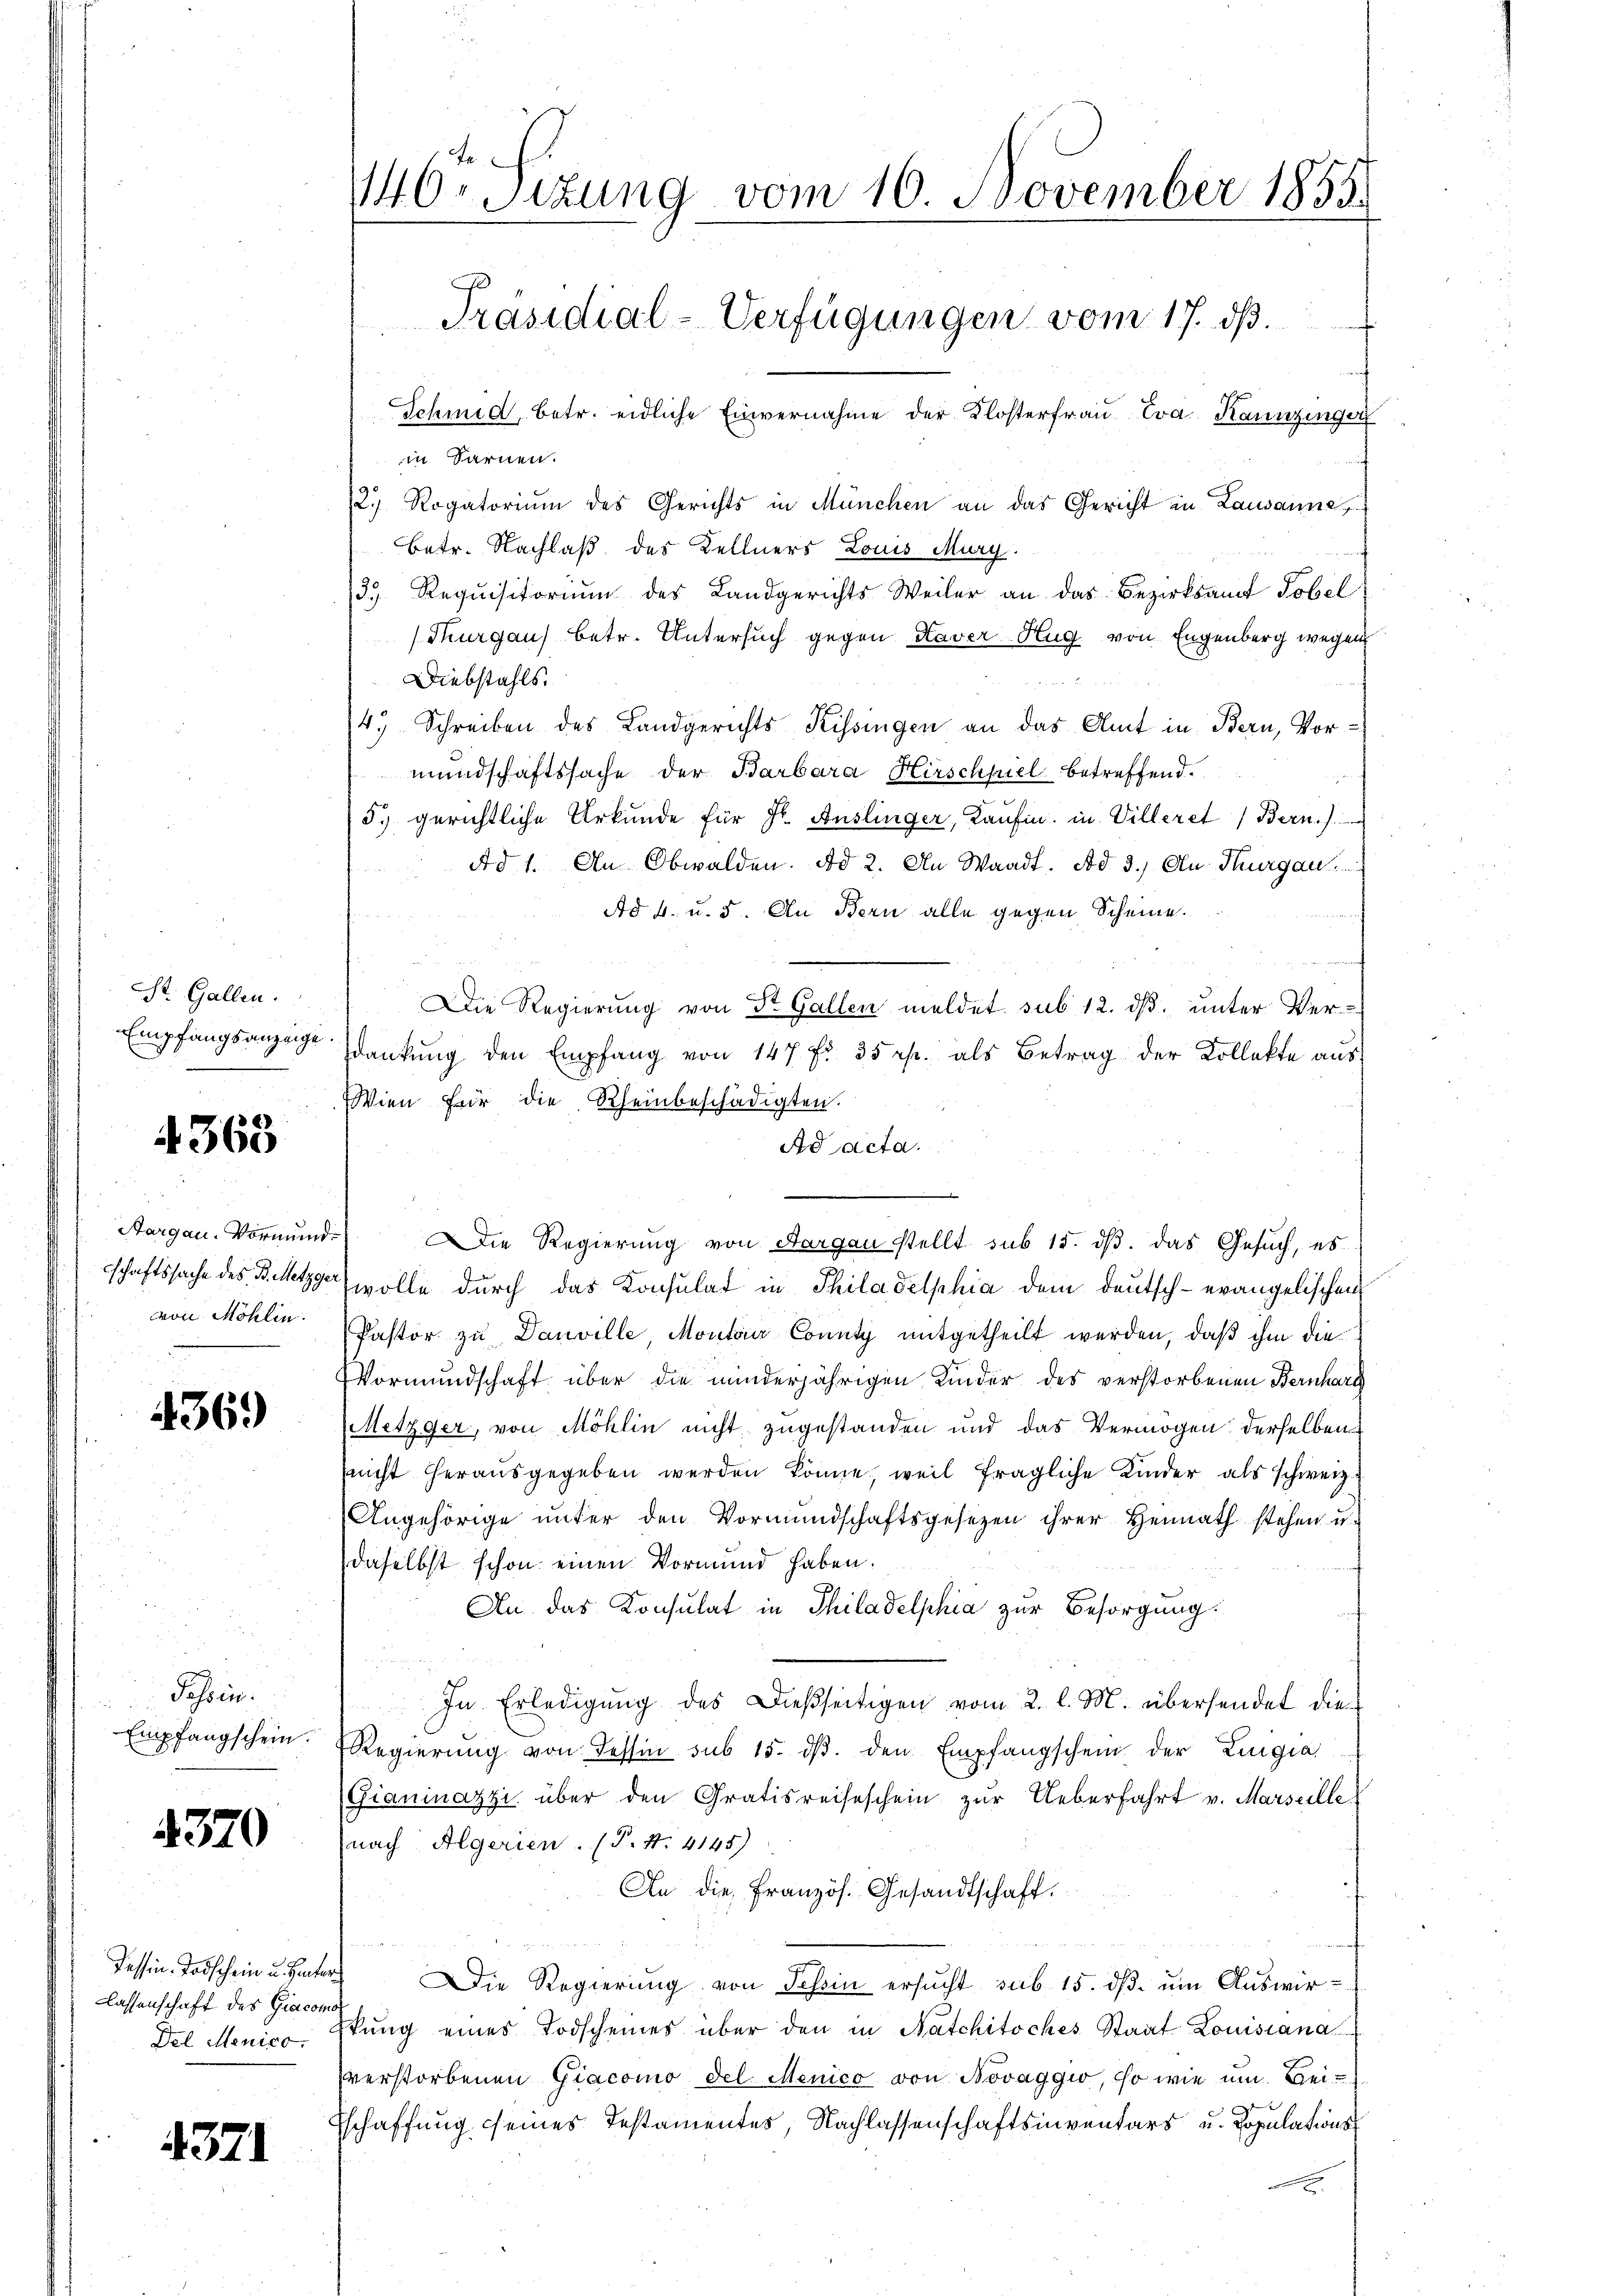
St. Gallen.
Empfangsanzeige

4363

Aargau. Vormund
schaftssache des B. Metzge
von Möhlin.

369)

Tessin.
Empfangschein.

4370

Tessin-Todschein u. Hinter
lassenschaft des Giacon
Del Menico.

4371

146 Sizung vom 16 November 1855.
Präsidial-Verfügungen vom 17. ds.
Schmid, betr. eidliche Einvernahme der Klosterfrau Eva Kainzingen

in Sarnen.
2.) Rogatorium des Gerichts in München an das Gericht in Lausanne
Betr. Nachlaß des Kellners Louis Murg.
3 Requisitorium des Landgerichts Weiler an das Bezirksamt Tobel
(Thurgau betr. Untersuch gegen Kaver Hug von Eugenberg wegen
Diebstahls.
 2
4. Schreiben des Landgerichts Kissingen an das Amt in Bern, Vormundschaftssache der Barbara Hirschfiel betreffend.
5. gerichtliche Urkunde für Hr. Auslinger, Kaufen, in Villeret, Bern.)
Ad 1. An Obwalden. Ad 2. An Waadt. Ad 3.) An Thurgau,
Ad 4. u. 5. An Bern alle gegen Scheine.
Die Regierung von St. Gallen meldet sub 12. dβ. unter Ver-
dankŭng den Empfang von 147 f. 35 rp. als Betrag der Kollekte aus
Wien für die Rheinbeschädigten.
Ad acta.
.
Die Regierung von Aargau stellt sub 15. ds. das Gesuch, es
wolle durch das Konsulat in Philadelphia dem deutsch-evangelischen
Pastor zu Danville Montair County mitgetheilt werden, daß ihm die
Vormundschaft über die minderjährigen Kinder des verstorbenen Bernharg
Metzger, von Möhlin nicht zugestanden und das Vermögen derselben
nicht herausgegeben werden könne, weil fragliche Kinder als schweiz.
Angehörige unter den Vormundschaftsgesetzen ihrer Heimath stehen u.
daselbst schon einen Vormund haben.
An das Konsulat in Thiladelphia zur Besorgung:

In Erledigung des Dießseitigen vom 2. l. M. übersendet die
Regierŭng von dessin sub 15. dβ. den Empfangschein der Lingia,
Gianinazzi über den Gratisreiseschein zur Ueberfahrt v. Marseille.
nach Algerien. (T. N. 4145)
An die Französ. Gesandtschaft.
u
Die Regierung von Tessin ersucht sub 15. ds. um Auswirtŭng eines Todscheines über den in Natchitoches Staat Louisiana
verstorbenen Giacomo del Menico von Novaggio, so wie um Beid
schaffung seines Testamentes, Nachlassenschaftsinventars u. Populations¬
.